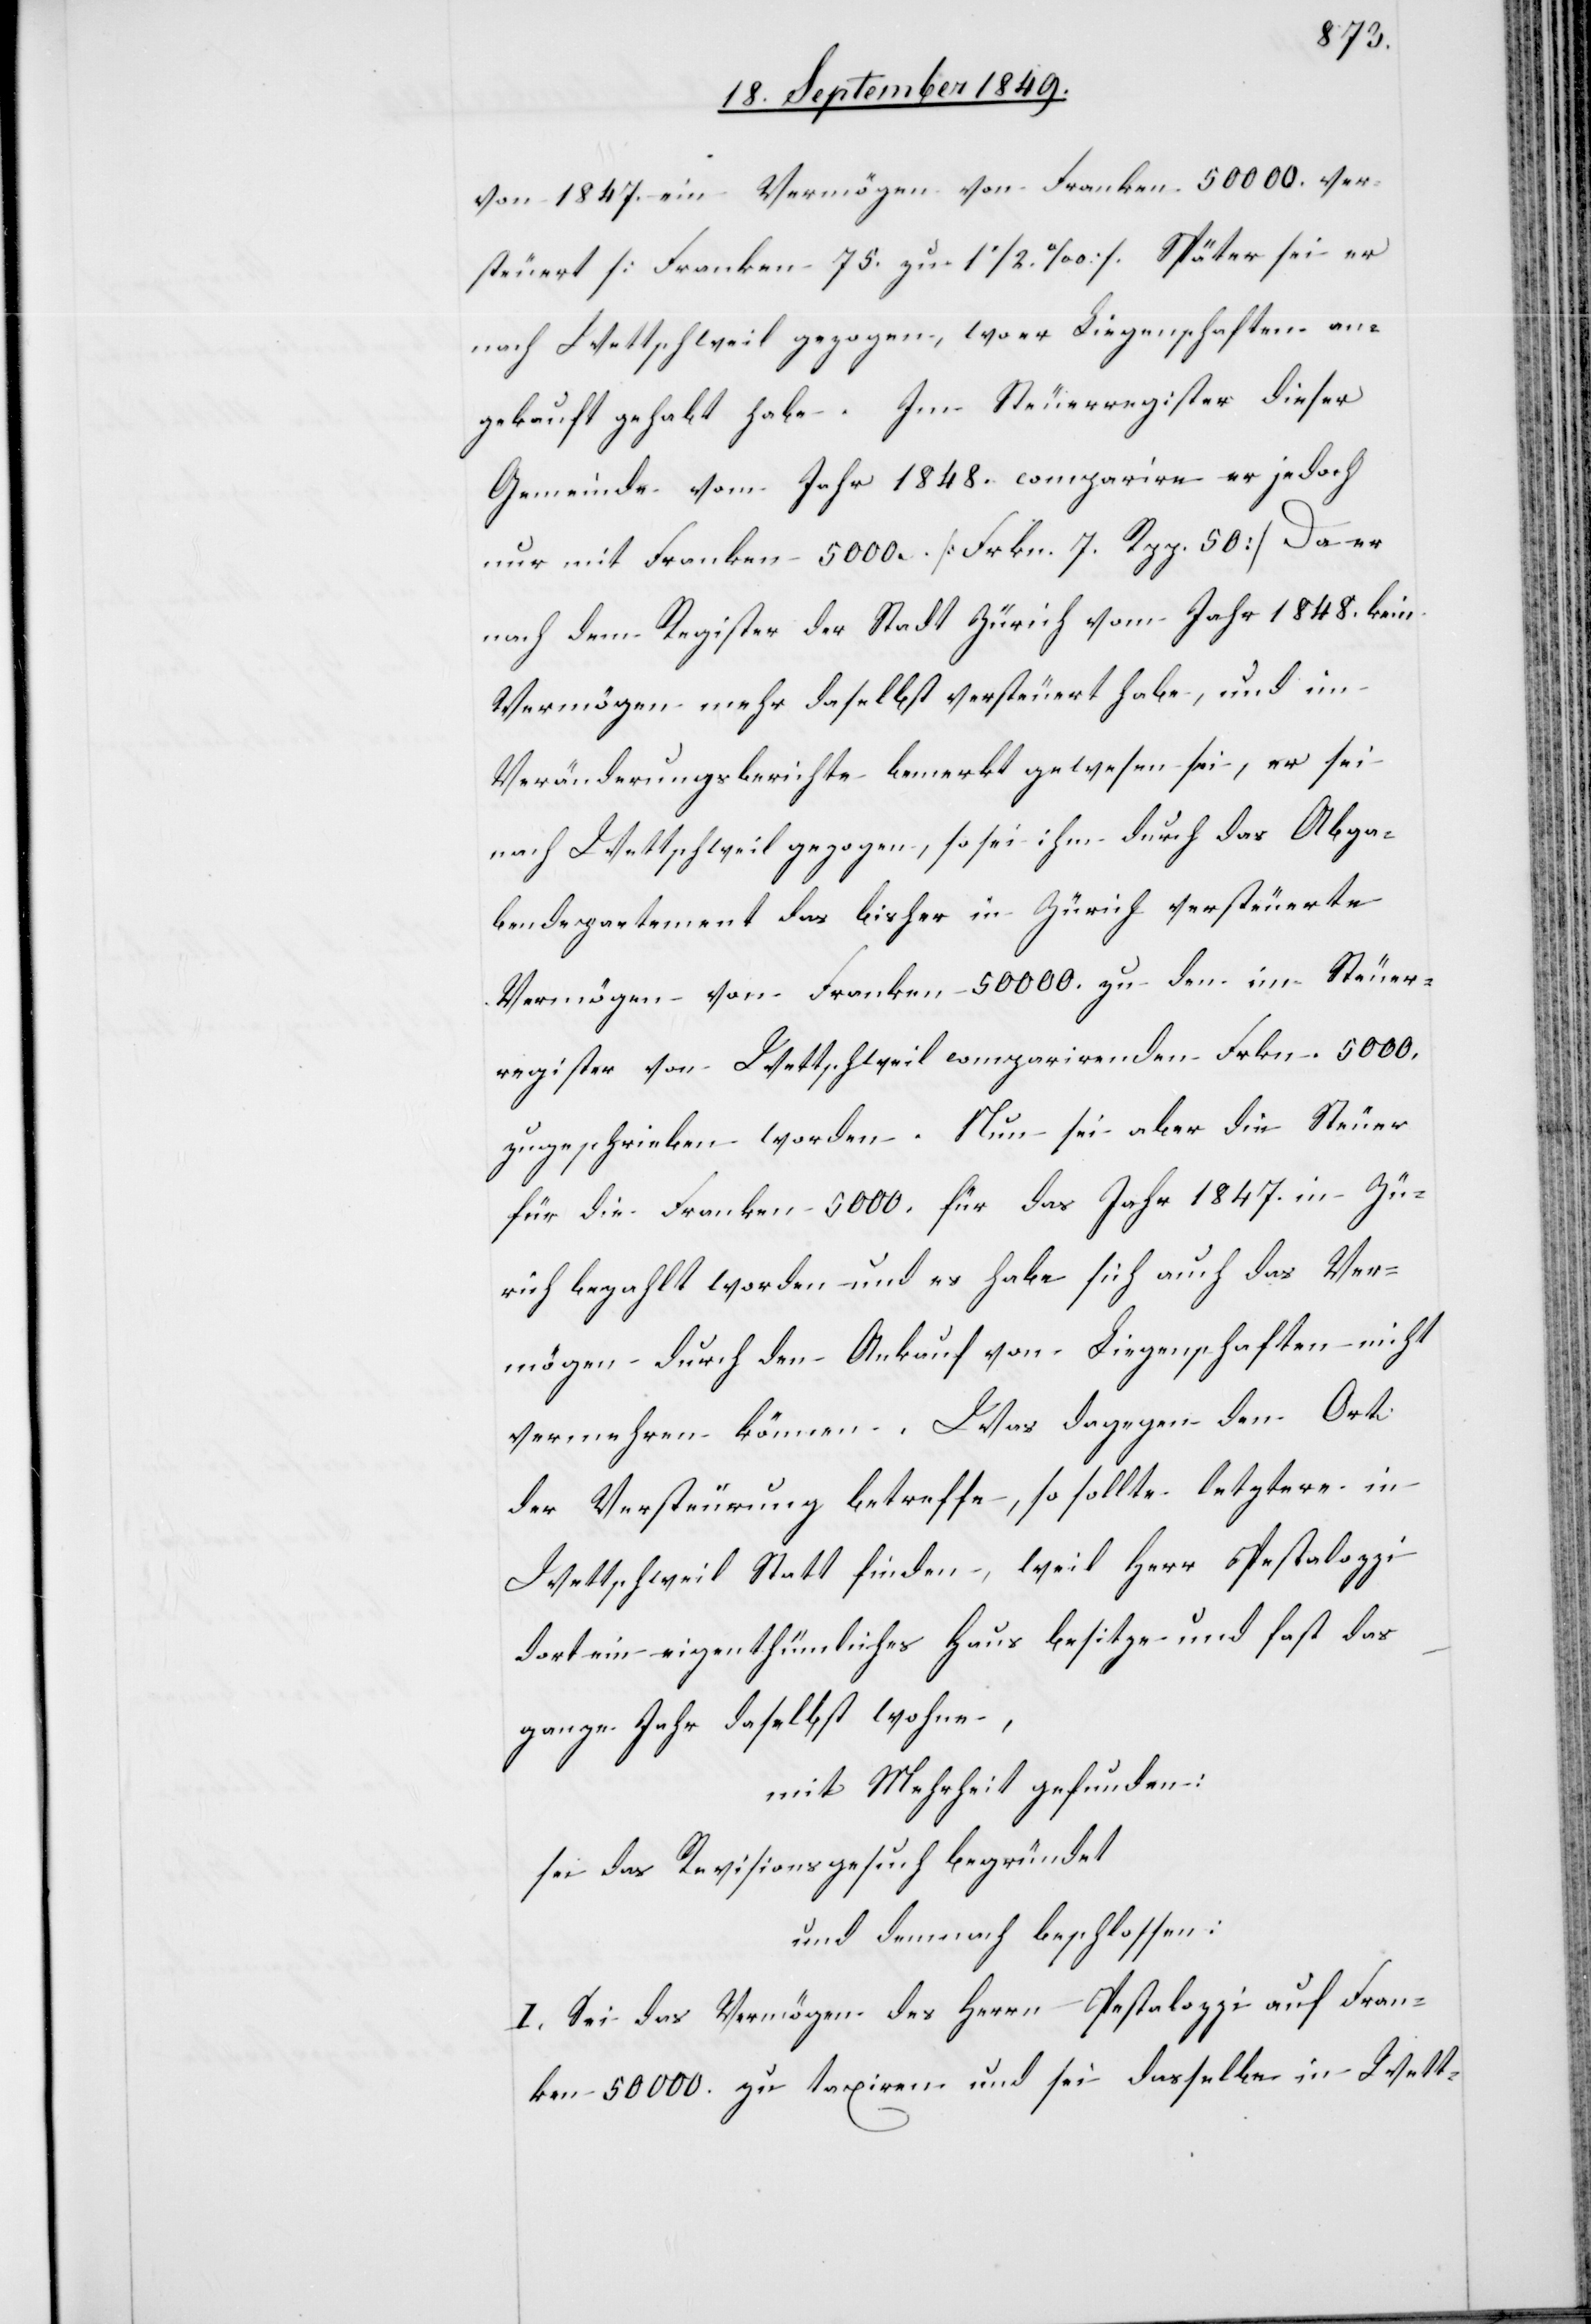
von 1847. ein Vermögen von Franken 50 000. ver¬
steuert [Franken 75. zu 1 1/2%] Später sei er
nach Wettschweil gezogen, wo er Liegenschaften an¬
gekauft habe. Im Neurregister dieser
Gemeinde vom Jahr 1848. comparirre er jedoch
nur mit Franken 5 000. [Frkn. 7. Rpp. 50] Da er
nach dem Register der Stadt Zürich vom Jahr 1848. kein
Vermögen mehr daselbst versteuert habe, und im
Veränderungsberichte bemerkt gewesen sei, er sei
nach Wettschweil gezogen, so sei ihm durch das Abga¬
bendepartement das bisher in Zürich versteuerte
Vermögen von Franken 50 000. zu den im Steuer¬
register von Wettschweil comparirenden Frkn. 5 000,
zugeschrieben worden. Nun sei aber die Steuer
für die Franken 5 000. für das Jahr 1847. in Zü¬
rich bezahlt worden und es habe sich auch das Ver¬
mögen durch den Ankauf von Liegenschaften nicht
vermehren können. Was dagegen den Ort
der Versteurung betreffe, so sollte letztere in
Wettschweil statt finden, weil Herr Pestalozzi
dort ein eigenthümliches Haus besitze und fast das
ganze Jahr daselbst wohne,
mit Mehrheit gefunden:
sei das Revisionsgesuch begründet
und demnach beschlossen:
I. Sei das Vermögen des Herrn Pestalozzi auf Fran¬
ken 50 000. zu taxiren und sei dasselbe in Wett-